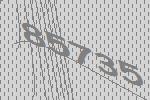
85735